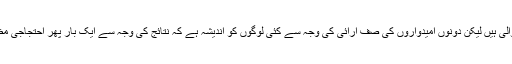
امریکی زیرقیادت فوجیں ملک سے تخلیہ کرنے والی ہیں لیکن دونوں امیدواروں کی صف آرائی کی وجہ سے کئی لوگوں کو اندیشہ ہے کہ نتائج کی وجہ سے ایک بار پھر احتجاجی مظاہروں اور غیریقینی صورتِحال کا آغاز ہوجائیگا۔